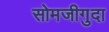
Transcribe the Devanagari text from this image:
सोमजीगुदा